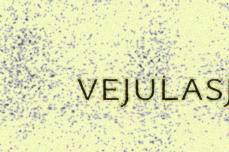
vejulasj